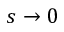
s \rightarrow 0